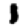
Digit: 1